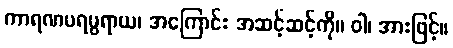
ကာရဏပရမ္ပရာယ၊ အကြောင်း အဆင့်ဆင့်ကို။ ဝါ၊ အားဖြင့်။